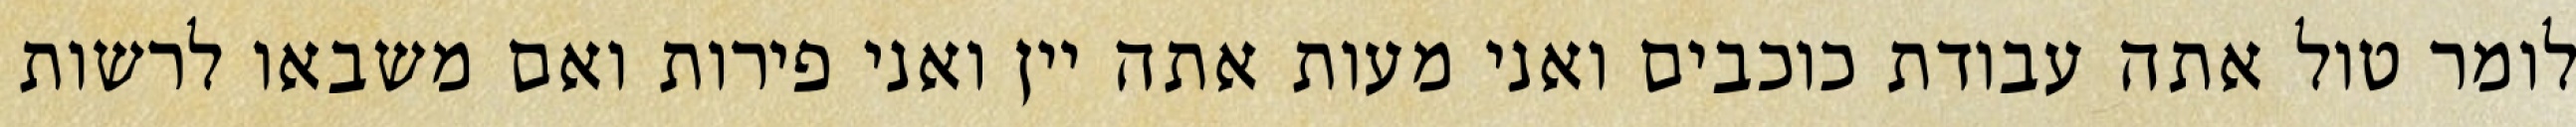
לומר טול אתה עבודת כוכבים ואני מעות אתה יין ואני פירות ואם משבאו לרשות